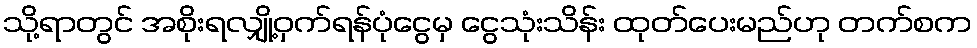
သို့ရာတွင် အစိုးရလျှို့ဝှက်ရန်ပုံငွေမှ ငွေသုံးသိန်း ထုတ်ပေးမည်ဟု တက်စက